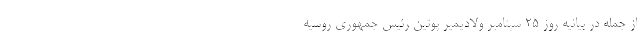
از جمله در بیانیه روز ۲۵ سپتامبر ولادیمیر پوتین رئیس جمهوری روسیه